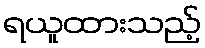
ရယူထားသည့်